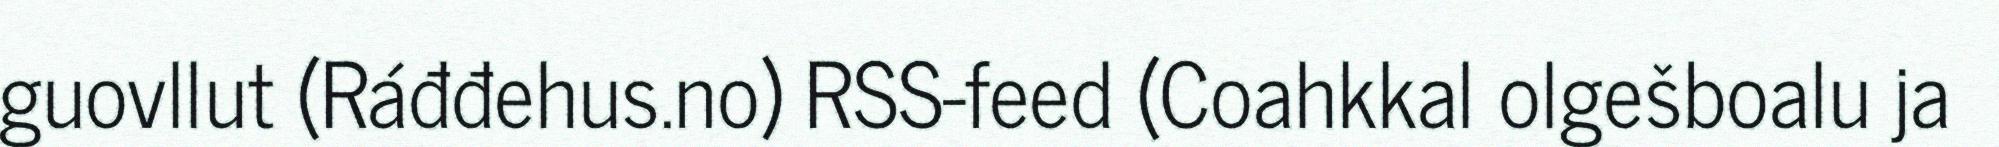
guovllut (Ráđđehus.no) RSS-feed (Coahkkal olgešboalu ja